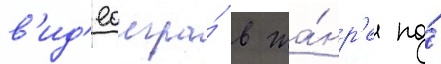
в'ид'еоигра́ в жа́нр'е по́